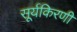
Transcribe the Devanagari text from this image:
सूर्यकिरणी